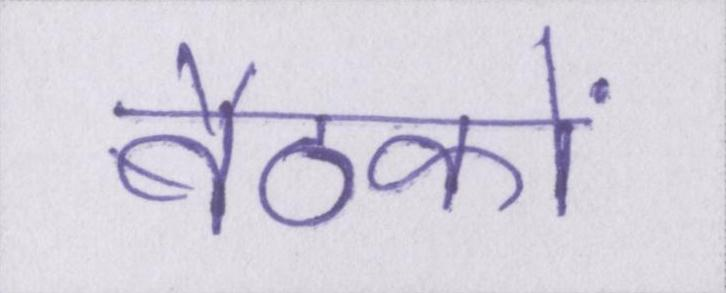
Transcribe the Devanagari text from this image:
बैठकों